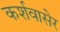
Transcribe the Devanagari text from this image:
कर्शवासेर